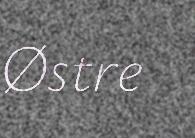
Østre